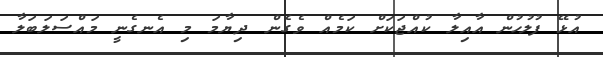
އުޅޭ ފުލުހުން އާއިލާ ކުއްޖަކަށް ކަމެއް ވެގެން ދިޔާމަ މި އެނގެނީ މައްސަލަބަލާ